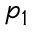
p _ { 1 }